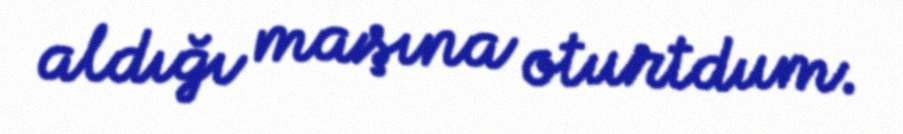
aldığı maşına oturtdum.